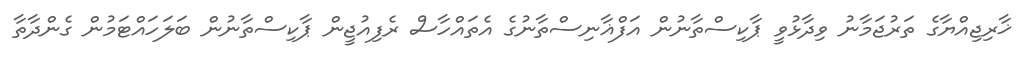
ޚާރިޖިއްޔާގެ ތަރުޖަމާނު ވިދާޅުވީ ޕާކިސްތާނުން އަފްޣާނިސްތާނުގެ އެތައްހާސް ރެފިއުޖީން ޕާކިސްތާނުން ބަލަހައްޓަމުން ގެންދާތާ